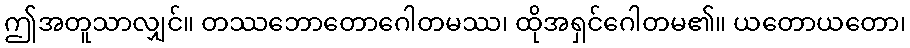
ဤအတူသာလျှင်။ တဿဘောတောဂေါတမဿ၊ ထိုအရှင်ဂေါတမ၏။ ယတောယတော၊